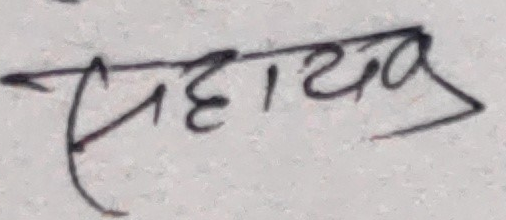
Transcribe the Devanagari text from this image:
सहायक